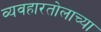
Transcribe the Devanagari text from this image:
व्यवहारतोलाच्या